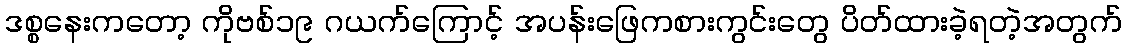
ဒစ္စနေးကတော့ ကိုဗစ်၁၉ ဂယက်ကြောင့် အပန်းဖြေကစားကွင်းတွေ ပိတ်ထားခဲ့ရတဲ့အတွက်